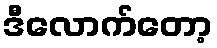
ဒီလောက်တော့